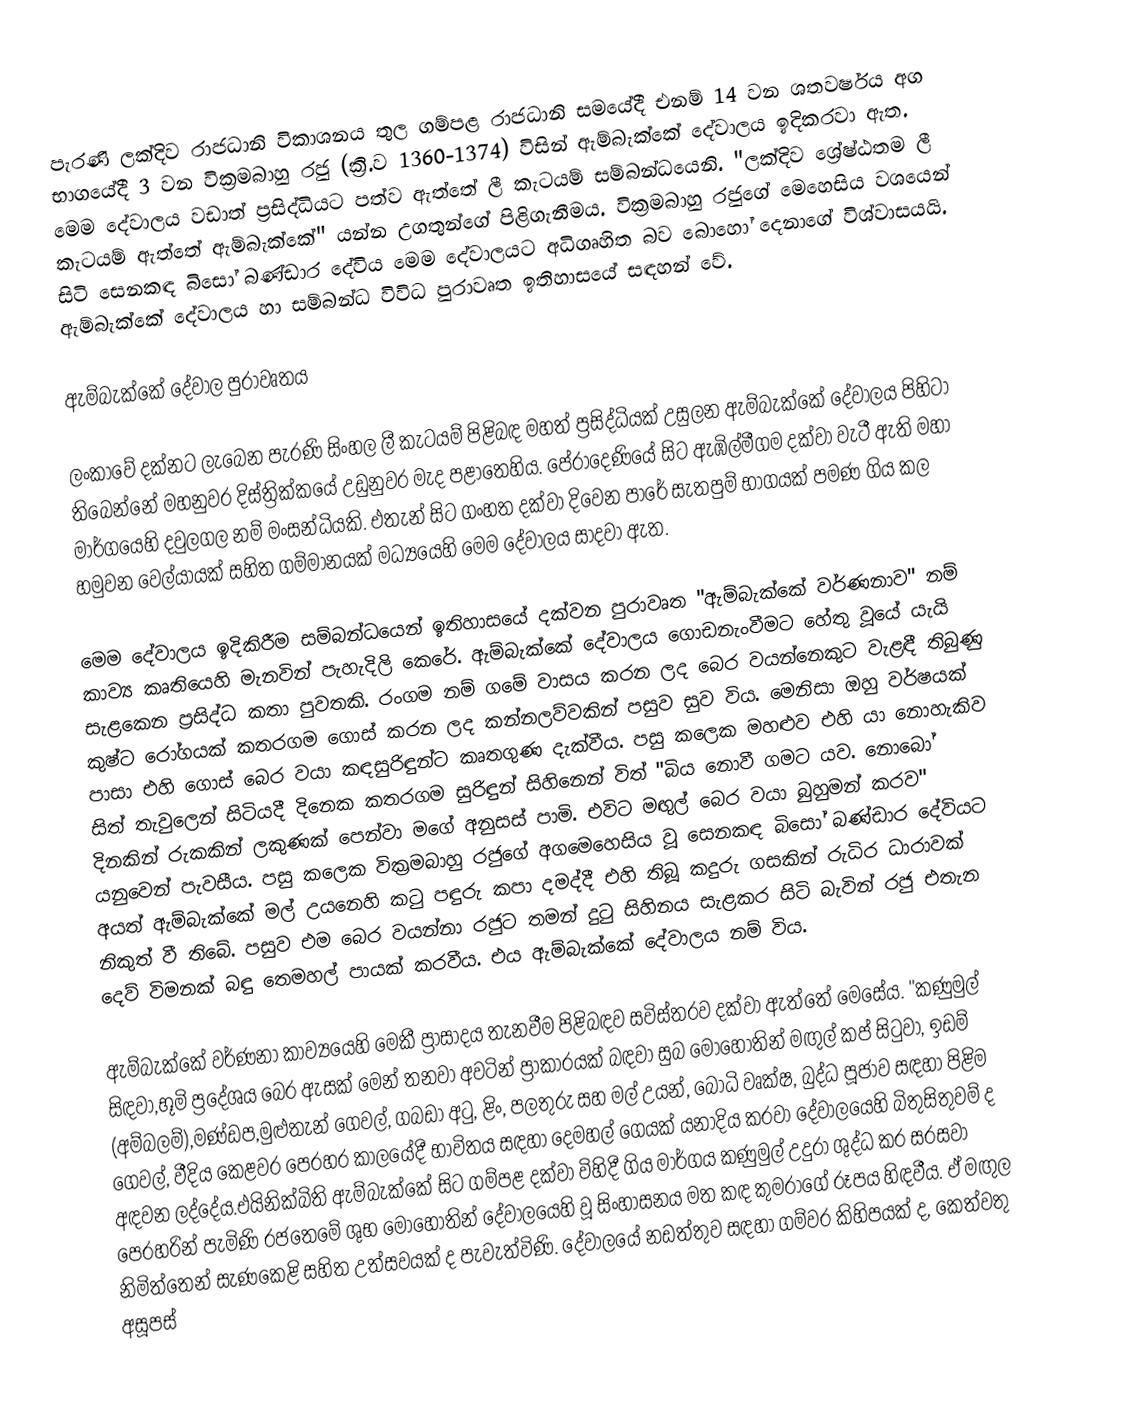
පැරණි ලක්දිව රාජධානි විකාශනය තුල ගම්පළ රාජධානි සමයේදී එනම් 14 වන ශතවර්ෂය අග භාගයේදී 3 වන වික්‍රමබාහු රජු (ක්‍රි.ව 1360-1374) විසින් ඇම්බැක්කේ දේවාලය ඉදිකරවා ඇත. මෙම දේවාලය වඩාත් ප්‍රසිද්ධියට පත්ව ඇත්තේ ලී කැටයම් සම්බන්ධයෙනි. "ලක්දිව ශ්‍රේෂ්ඨතම ලී කැටයම් ඇත්තේ ඇම්බැක්කේ" යන්න උගතුන්ගේ පිළිගැනීමය. වික්‍රමබාහු රජුගේ මෙහෙසිය වශයෙන් සිටි සෙනකඳ බිසෝ බණ්ඩාර දේවිය මෙම දේවාලයට අධිගෘහිත බව බොහෝ දෙනාගේ විශ්වාසයයි. ඇම්බැක්කේ දේවාලය හා සම්බන්ධ විවිධ පුරාවෘත ඉතිහාසයේ සඳහන් වේ.

ඇම්බැක්කේ දේවාල පුරාවෘතය

ලංකාවේ දක්නට ලැබෙන පැරණි සිංහල ලී කැටයම් පිළිබඳ මහත් ප්‍රසිද්ධියක් උසුලන ඇම්බැක්කේ දේවාලය පිහිටා තිබෙන්නේ මහනුවර දිස්ත්‍රික්කයේ උඩුනුවර මැද පළාතෙහිය. පේරාදෙණියේ සිට ඇඹිල්මීගම දක්වා වැටී ඇති මහා මාර්ගයෙහි දවුලගල නම් මංසන්ධියකි. එතැන් සිට ගංහත දක්වා දිවෙන පාරේ සැතපුම් භාගයක් පමණ ගිය කල හමුවන වෙල්යායක් සහිත ගම්මානයක් මධ්‍යයෙහි මෙම දේවාලය සාදවා ඇත.

මෙම දේවාලය ඉදිකිරීම සම්බන්ධයෙන් ඉතිහාසයේ දක්වන පුරාවෘත "ඇම්බැක්කේ වර්ණනාව" නම් කාව්‍ය කෘතියෙහි මැනවින් පැහැදිලි කෙරේ. ඇම්බැක්කේ දේවාලය ගොඩනැංවීමට හේතු වූයේ යැයි සැළකෙන ප්‍රසිද්ධ කතා පුවතකි. රංගම නම් ගමේ වාසය කරන ලද බෙර වයන්නෙකුට වැළඳී තිබුණු කුෂ්ට රෝගයක් කතරගම ගොස් කරන ලද කන්නලව්වකින් පසුව සුව විය. මෙනිසා ඔහු වර්ෂයක් පාසා එහි ගොස් බෙර වයා කඳසුරිඳුන්ට කෘතගුණ දැක්වීය. පසු කලෙක මහළුව එහි යා නොහැකිව සිත් තැවුලෙන් සිටියදී දිනෙක කතරගම සුරිඳුන් සිහිනෙන් විත් "බිය නොවී ගමට යව. නොබෝ දිනකින් රුකකින් ලකුණක් පෙන්වා මගේ අනුසස් පාමි. එවිට මඟුල් බෙර වයා බුහුමන් කරව" යනුවෙන් පැවසීය. පසු කලෙක වික්‍රමබාහු රජුගේ අගමෙහෙසිය වූ සෙනකඳ බිසෝ බණ්ඩාර දේවියට අයත් ඇම්බැක්කේ මල් උයනෙහි කටු පඳුරු කපා දමද්දී එහි තිබූ කදුරු ගසකින් රුධිර ධාරාවක් නිකුත් වී තිබේ. පසුව එම බෙර වයන්නා රජුට තමන් දුටු සිහිනය සැළකර සිටි බැවින් රජු එතැන දෙව් විමනක් බඳු තෙමහල් පායක් කරවීය. එය ඇම්බැක්කේ ‍දේවාලය නම් විය.

ඇම්බැක්කේ වර්ණනා කාව්‍යයෙහි මෙකී ප්‍රාසාදය තැනවීම පිළිබඳව සවිස්තරව දක්වා ඇත්තේ ‍මෙසේය. "කණුමුල් සිඳවා,භූමි ප්‍රදේශය බෙර ඇසක් මෙන් තනවා අවටින් ප්‍රාකාරයක් බඳවා සුබ මොහොතින් මඟුල් කප් සිටුවා, ඉඩම් (අම්බලම්),මණ්ඩප,මුළුතැන් ගෙවල්, ගබඩා අටු, ළිං, පලතුරු සහ මල් උයන්, බෝධි වෘක්ෂ, බුද්ධ පූජාව සඳහා පිළිම ගෙවල්, වීදිය කෙළවර ‍පෙරහර කාලයේදී භාවිතය සඳහා දෙමහල් ගෙයක් යනාදිය කරවා දේවාලයෙහි බිතුසිතුවම් ද අඳවන ලද්දේය.එයිනික්බිති ඇම්බැක්කේ සිට ගම්පළ දක්වා විහිදී ගිය මාර්ගය කණුමුල් උදුරා ශුද්ධ කර සරසවා පෙරහරින් පැමිණි රජතෙමේ ශුභ මොහොතින් දේවාලයෙහි වූ සිංහාසනය මත කඳ කුමරා‍ගේ රූපය හිඳවීය. ඒ මඟුල නිමිත්තෙන් සැණ‍කෙළි සහිත උත්සවයක් ද පැවැත්විණි. දේවාලයේ නඩත්තුව සඳහා ගම්වර කිහිපයක් ද, කෙත්වතු අසූපස්